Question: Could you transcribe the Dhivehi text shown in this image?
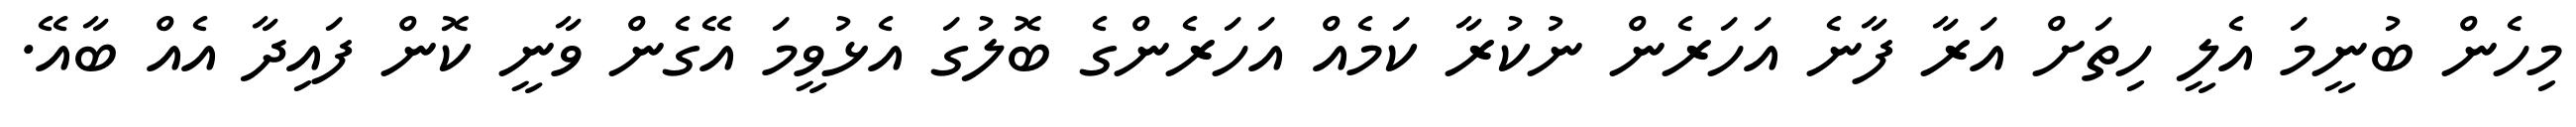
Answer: މިހެން ބުނީމަ އެލީ ހިތަށް އަރާ ފާނެ އަހަރެން ނުކުރާ ކަމެއް އަހަރެންގެ ބޮލުގަ އެޅުވީމަ އޭގެން ވާނީ ކޮން ފައިދާ އެއް ބާއޭ.